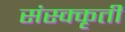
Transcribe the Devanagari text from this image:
संस्क्कृती